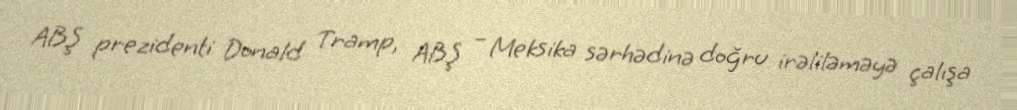
ABŞ prezidenti Donald Tramp, ABŞ – Meksika sərhədinə doğru irəliləməyə çalışa